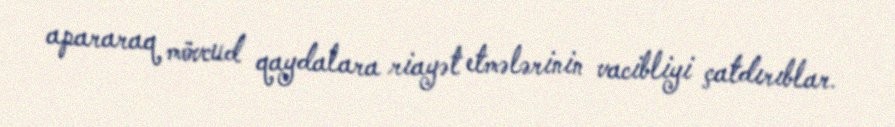
apararaq mövcud qaydalara riayət etmələrinin vacibliyi çatdırıblar.